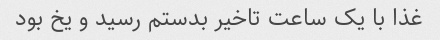
غذا با یک ساعت تاخیر بدستم رسید و یخ بود